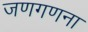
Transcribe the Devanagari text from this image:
जणगणना